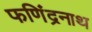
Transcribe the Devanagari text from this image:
फणिंद्रनाथ